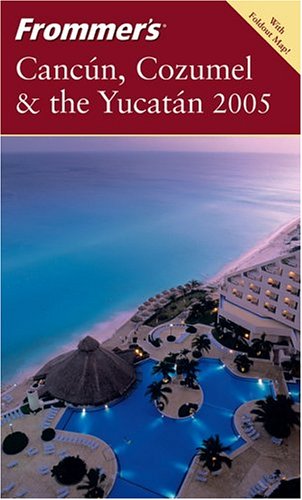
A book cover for Frommer's CancÃºn, Cozumel & the YucatÃ¡n 2005 (Frommer's Complete Guides); David Baird; Travel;